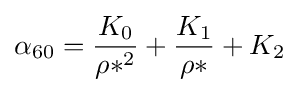
\alpha _{60}={\frac {K_{0}}{\rho *^{2}}}+{\frac {K_{1}}{\rho *}}+{K_{2}}